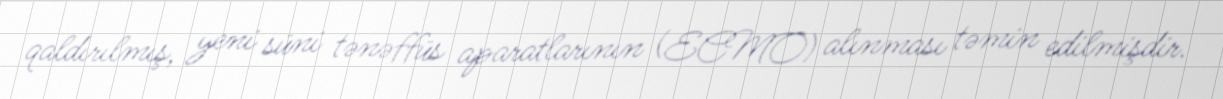
qaldırılmış, yeni süni tənəffüs aparatlarının (ECMO) alınması təmin edilmişdir.